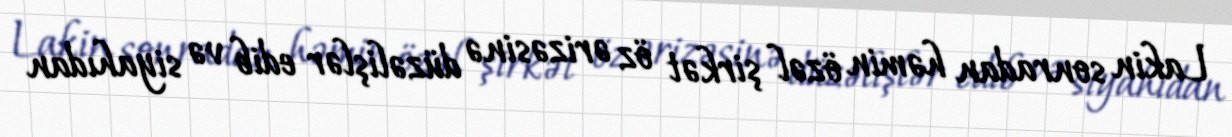
Lakin sonradan həmin özəl şirkət öz ərizəsinə düzəlişlər edib və siyahıdan